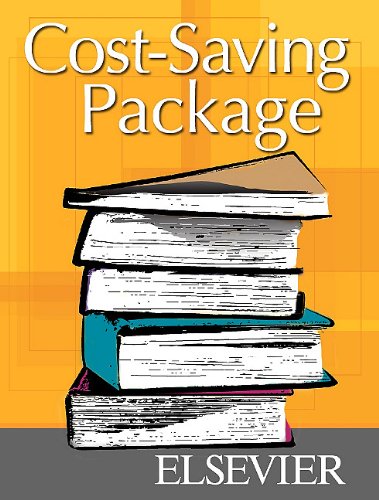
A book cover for Community/Public Health Nursing Online for Nies and McEwen: Community/Public Health Nursing (Access Code and Textbook Package), 5e; Mary A. Nies PhD  RN  FAAN  FAAHB; Medical Books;